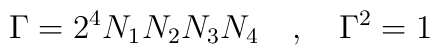
\Gamma = 2^4 N_1 N_2 N_3 N_4~~~,~~~\Gamma^2 =1